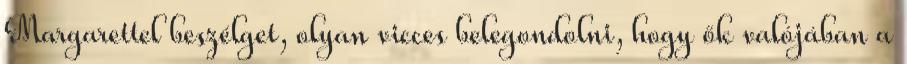
Margarettel beszélget, olyan vicces belegondolni, hogy ők valójában a